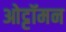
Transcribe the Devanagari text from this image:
ओट्टॉमन